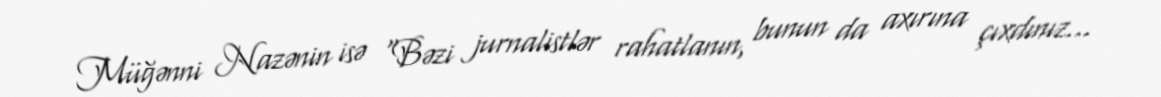
Müğənni Nazənin isə “Bəzi jurnalistlər rahatlanın, bunun da axırına çıxdınız...